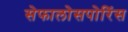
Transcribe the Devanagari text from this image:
सेफालोसपोरिंस